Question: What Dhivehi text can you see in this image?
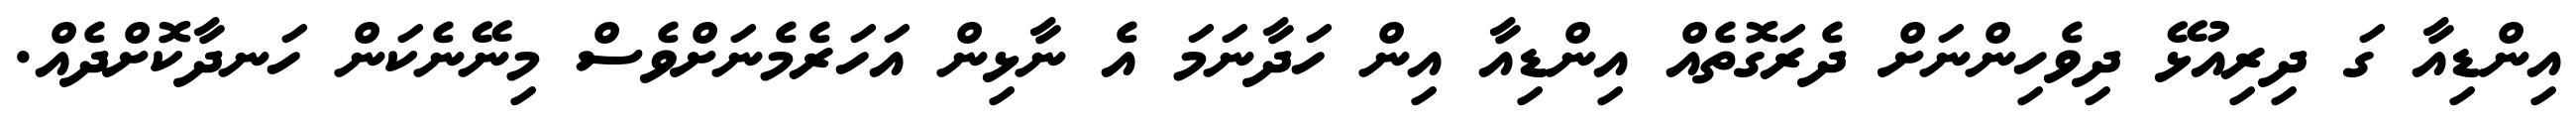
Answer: އިންޑިއާ ގަ ދިރިއުޅޭ ދިވެހިންނަށް ދެރަގޮތެއް އިންޑިއާ އިން ހަދާނަމަ އެ ނާޅިން އަހަރެމެނަށްވެސް މިނޭނެކަން ހަނދާކޮށްދެއް.